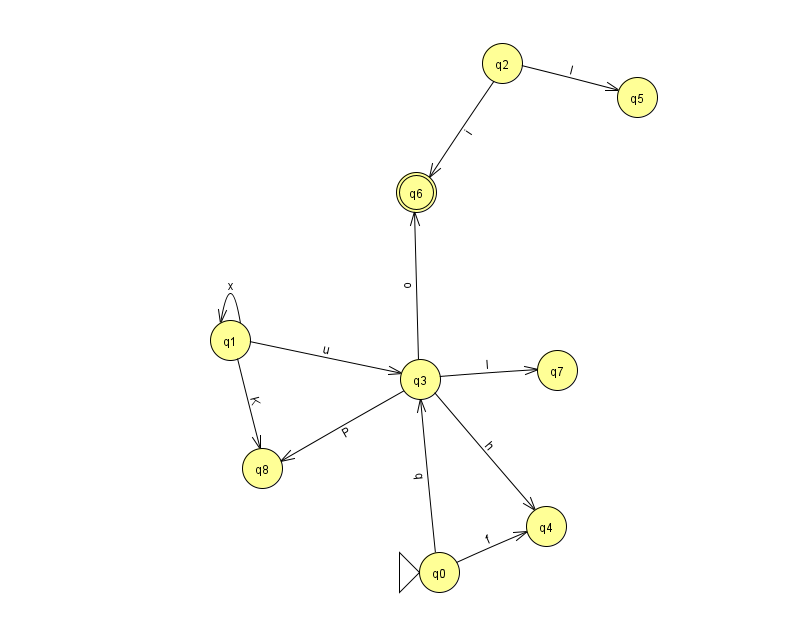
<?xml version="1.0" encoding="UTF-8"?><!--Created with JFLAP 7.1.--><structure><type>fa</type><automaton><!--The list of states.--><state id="0" name="q0"><x>439.0</x><y>559.0</y><initial/></state><state id="1" name="q1"><x>230.0</x><y>327.0</y></state><state id="2" name="q2"><x>502.0</x><y>50.0</y></state><state id="3" name="q3"><x>420.0</x><y>366.0</y></state><state id="4" name="q4"><x>546.0</x><y>513.0</y></state><state id="5" name="q5"><x>637.0</x><y>84.0</y></state><state id="6" name="q6"><x>416.0</x><y>179.0</y><final/></state><state id="7" name="q7"><x>557.0</x><y>357.0</y></state><state id="8" name="q8"><x>262.0</x><y>455.0</y></state><!--The list of transitions.--><transition><from>3</from><to>7</to><read>l</read></transition><transition><from>2</from><to>6</to><read>i</read></transition><transition><from>0</from><to>4</to><read>f</read></transition><transition><from>1</from><to>8</to><read>K</read></transition><transition><from>2</from><to>5</to><read>l</read></transition><transition><from>0</from><to>3</to><read>q</read></transition><transition><from>3</from><to>8</to><read>P</read></transition><transition><from>1</from><to>1</to><read>x</read></transition><transition><from>3</from><to>6</to><read>o</read></transition><transition><from>3</from><to>4</to><read>h</read></transition><transition><from>1</from><to>3</to><read>u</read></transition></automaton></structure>